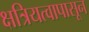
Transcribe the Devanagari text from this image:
क्षत्रियत्वापासून